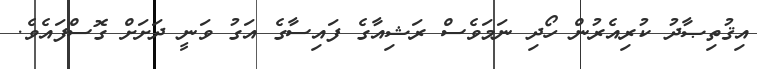
އިޤުތިޞާދު ކުރިއެރުން ހޯދި ނަމަވެސް ރަޝިއާގެ ފައިސާގެ އަގު ވަނީ ދަށަށް ގޮސްފައެވެ.